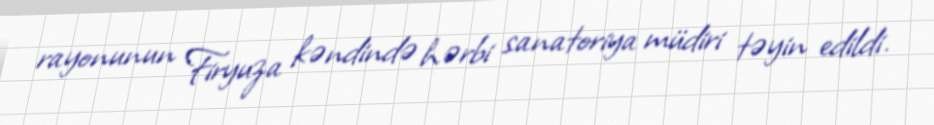
rayonunun Firyuza kəndində hərbi sanatoriya müdiri təyin edildi.